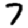
Digit: 7